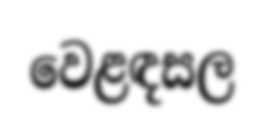
වෙළඳසල